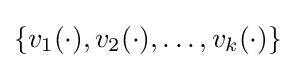
\{v_{1}(\cdot ),v_{2}(\cdot ),\ldots ,v_{k}(\cdot )\}